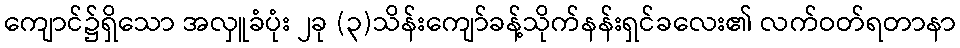
ကျောင်၌ရှိသော အလှူခံပုံး ၂ခု (၃)သိန်းကျော်ခန့်သိုက်နန်းရှင်ခလေး၏ လက်ဝတ်ရတာနာ